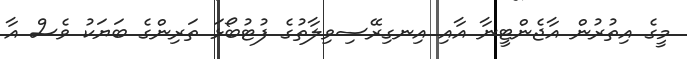
މީގެ އިތުރުން އާޖެންޓީނާ އާއި އިނގިރޭސިވިލާތުގެ ފުޓުބޯޅަ ތަރިންގެ ބަޔަކު ވެސް އާ